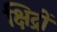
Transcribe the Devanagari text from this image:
क्षिद्रों